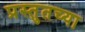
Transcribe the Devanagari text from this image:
प्रस्तुतच्या